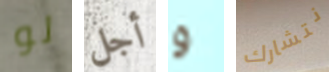
لو أجل و نتشارك